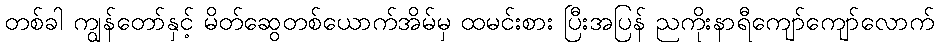
တစ်ခါ ကျွန်တော်နှင့် မိတ်ဆွေတစ်ယောက်အိမ်မှ ထမင်းစား ပြီးအပြန် ညကိုးနာရီကျော်ကျော်လောက်